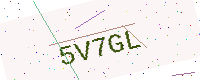
Text: 5V7GL